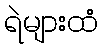
ရဲများထံ